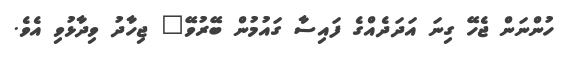
ހުންނަން ޖެހޭ ގިނަ އަދަދެއްގެ ފައިސާ ގައުމުން ބޭރުވޭ" ޖިހާދު ވިދާޅުވި އެވެ.